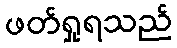
ဖတ်ရှုရသည်